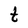
Character: t